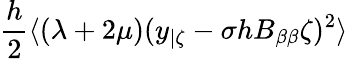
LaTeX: \frac{h}{2}\langle(\lambda+2\mu)(y_{|\zeta}-\sigma hB_{\beta\beta}\zeta)^{2}\rangle